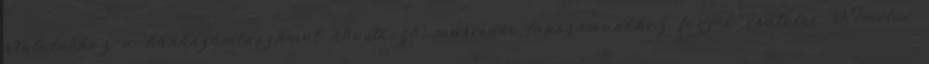
átutaláshoz a bankszámlaszámot következõ, márciusi lapszámunkhoz fogjuk csatolni. Remélve